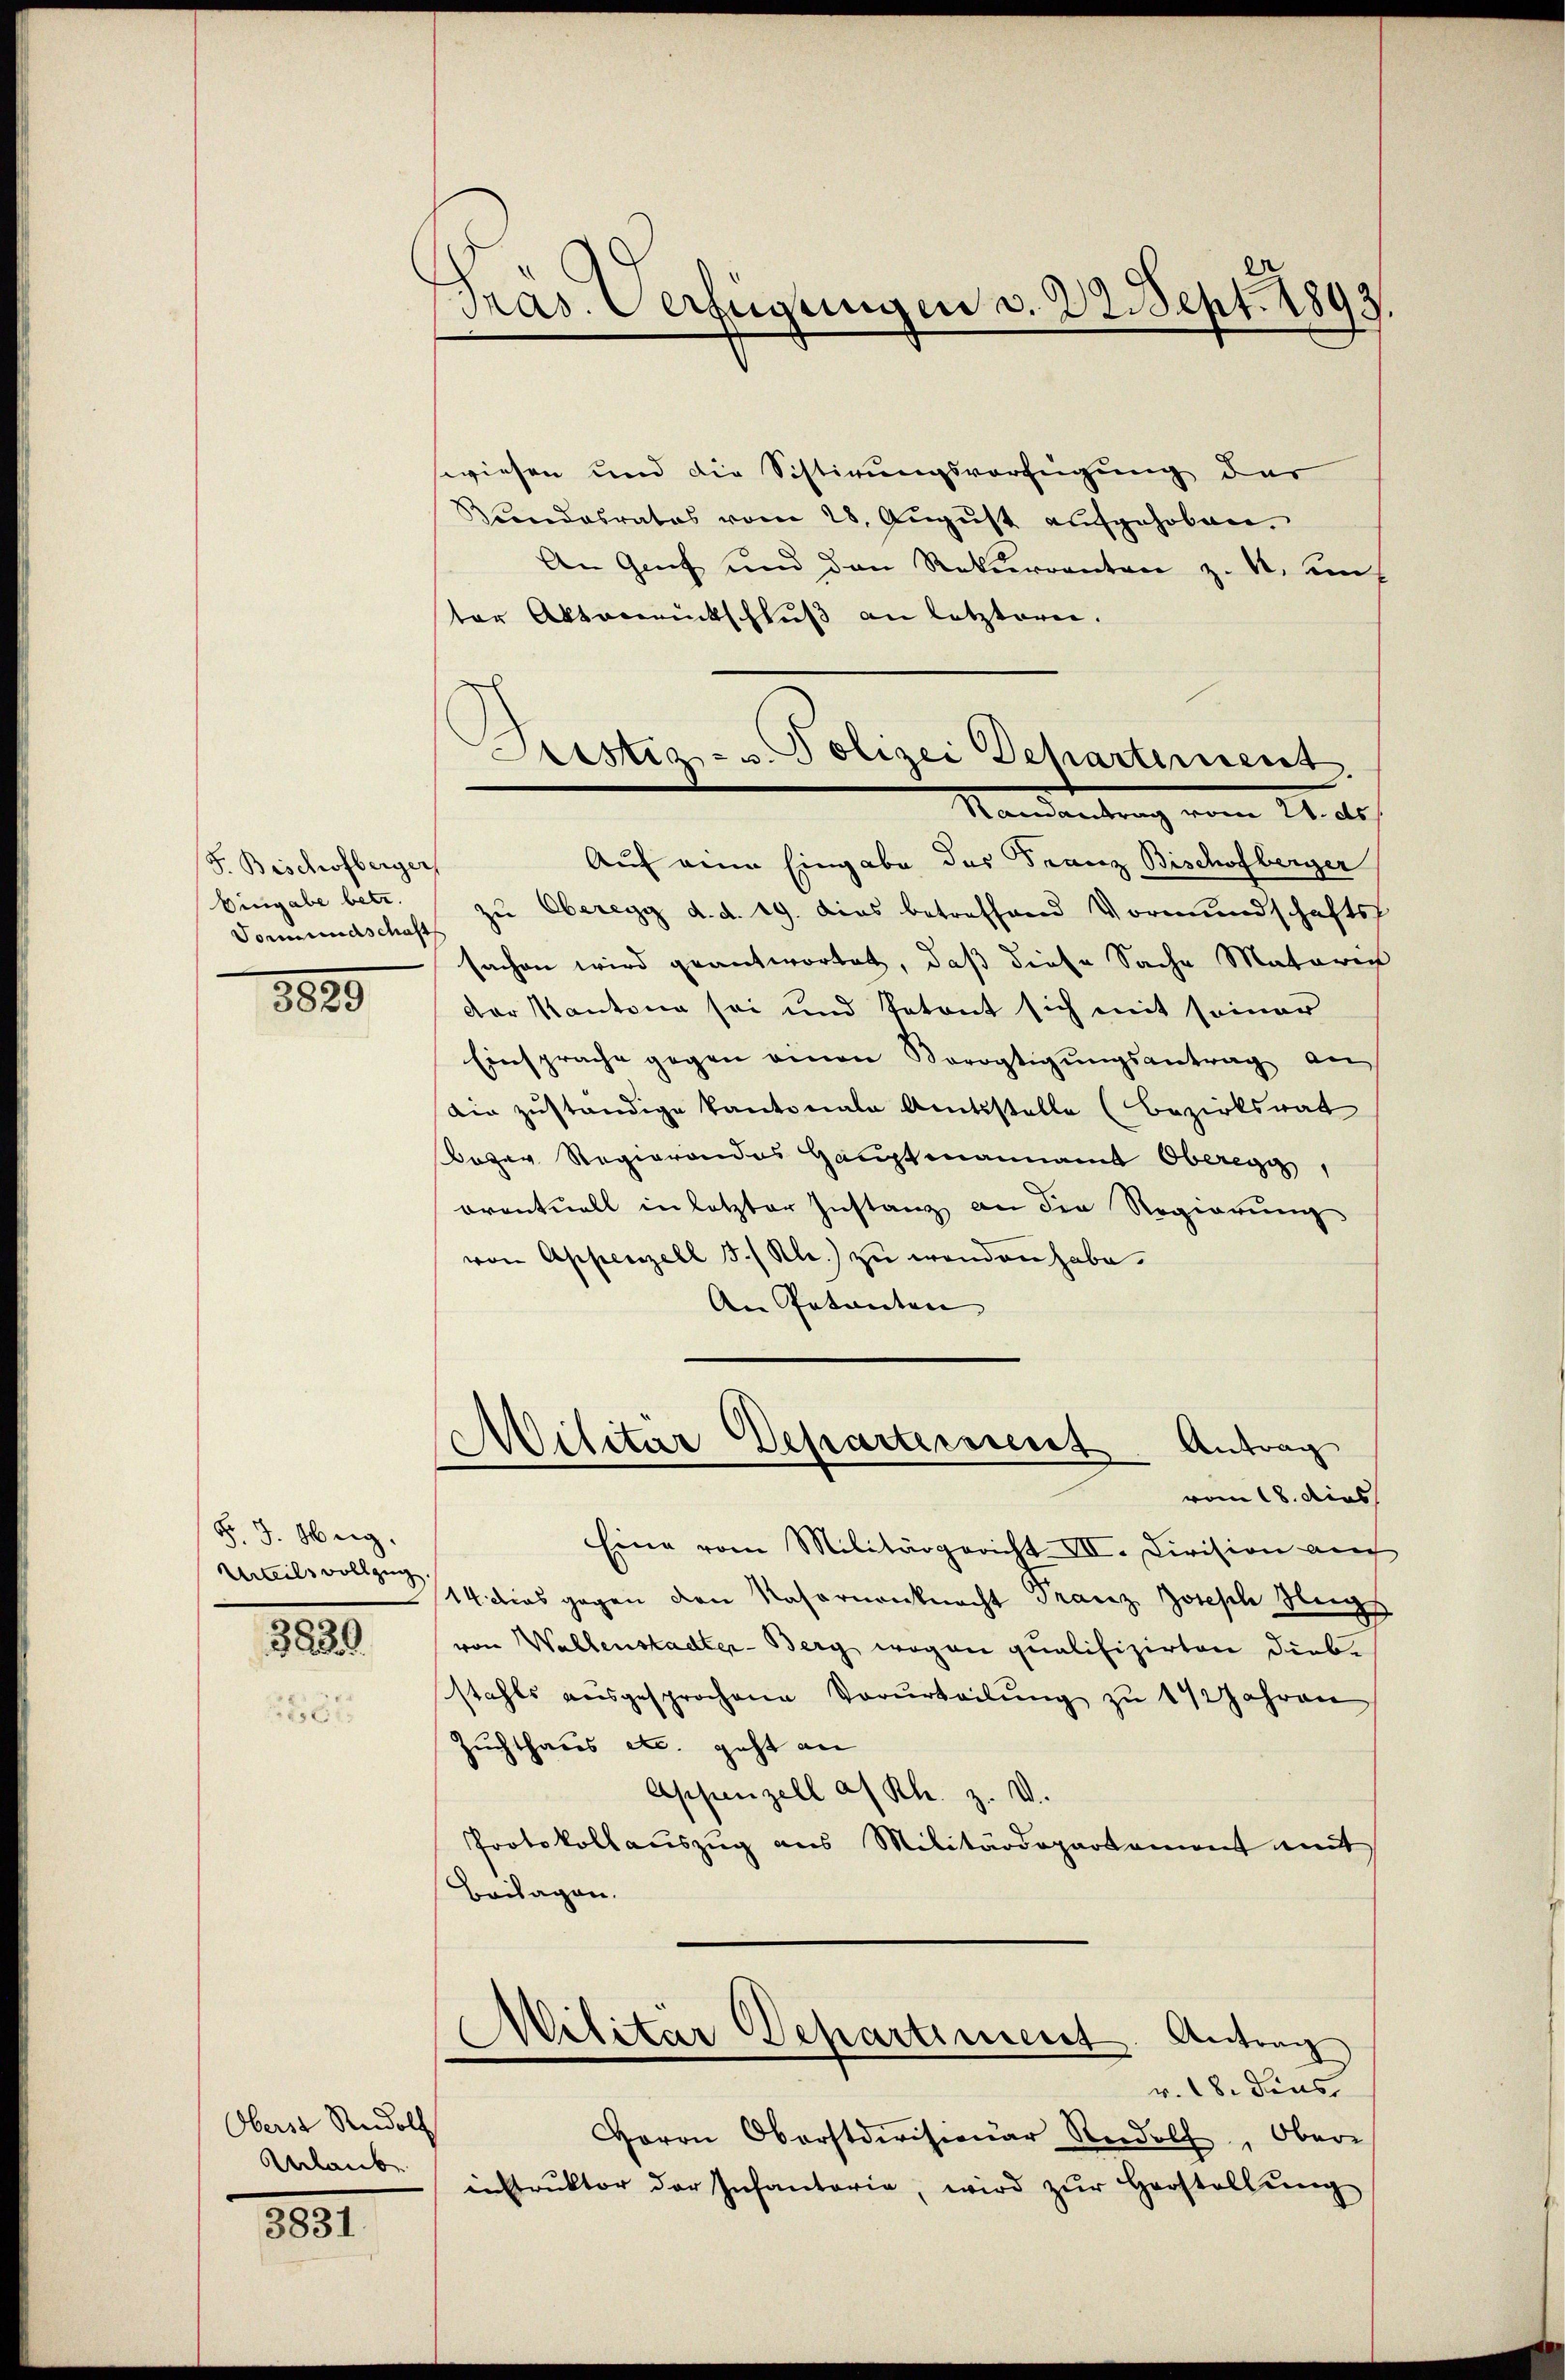
S. Bischofberger
Eingabe betr.
Vormundschaft

8825

§. J. Weg.
Urteils vollzug

1200

Oberst Rudolf
Anlaube

1851

Pras. Verfügungen v. 22. Sept. 1893

Prestiz- u. Polizei Departement
Randantrag vom 21. ds.

wiesen und die Sistirungsverfügung der
Rundesrates vom 28. Aŭgŭst aufgehoben.
An Genf und den Rekurrenten z. B. di
ter Aktenrentschlŭβ an letzteren.
Auf eine Eingabe des Franz Bischofberger
zu Oberegg d. d. 19. dies betreffend Vormundschafts-
sachen wird geantwortet, daß diese Sache Materich
der Kantona sei und Petent sich mit seiner
Einsprache gegen einen Vorortigungsantrag an
Die zuständige Kantonale Amtsstelle (Bezirksrat
azer Regierendes Gauptmannamt Oberegis
oventuell in letzter Instanz an die Regierung
von Appenzell 3./Kl.) zŭ wenden habe.
An Patenten |
Militar Departeisent. Antrag
vom 18. dies
Eine vom Militärgericht VII. Civision auch
14. dies gegen den Nasornonknecht Franz Joseph Neig
von Wallenstadter-Berg wegen qualifizirten Diebs
stahls ausgesprochene Verurteilŭng zu 1 1/2 Jahren
Zuchthaus etc. geht an
Appenzell a/Rh. Z. V.
Protokollauszug aus Militärdepartament mit
Beilagen.
Militar Departiment Antrag
v. 18. dies
Herrn Oberstdivisionar Rudolf, Ober-
instrŭktor der Infantoria, wird zŭr Herstellŭng